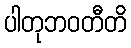
ပါတုဘဝတီတိ